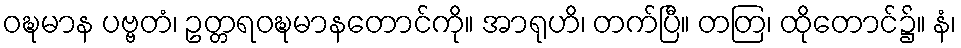
ဝဍ္ဎမာန ပဗ္ဗတံ၊ ဥတ္တရဝဍ္ဎမာနတောင်ကို။ အာရုဟိ၊ တက်ပြီ။ တတြ၊ ထိုတောင်၌။ နံ၊